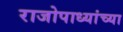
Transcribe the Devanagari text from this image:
राजोपाध्यांच्या